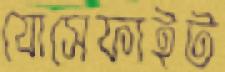
যোসেফাইট